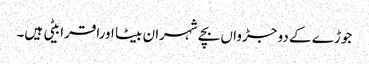
جوڑے کے دو جڑواں بچے شہران بیٹا اوراقرا بیٹی ہیں۔